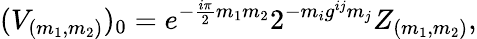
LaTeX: (V_{(m_{1},m_{2})})_{0}=e^{-{\frac{i\pi}{2}}m_{1}m_{2}}2^{-m_{i}g^{ij}m_{j}}Z_{(m_{1},m_{2})},